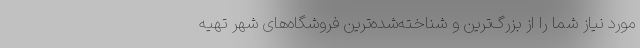
مورد نیاز شما را از بزرگ‌ترین و شناخته‌شده‌ترین فروشگاه‌های شهر تهیه